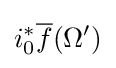
i_{0}^{*}{\overline {f}}(\Omega ')